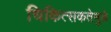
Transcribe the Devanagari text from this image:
चिकित्सकतेमुळे